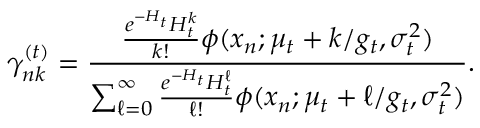
\gamma _ { n k } ^ { ( t ) } = \frac { \frac { e ^ { - H _ { t } } H _ { t } ^ { k } } { k ! } \phi ( x _ { n } ; \mu _ { t } + k / g _ { t } , \sigma _ { t } ^ { 2 } ) } { \sum _ { \ell = 0 } ^ { \infty } \frac { e ^ { - H _ { t } } H _ { t } ^ { \ell } } { \ell ! } \phi ( x _ { n } ; \mu _ { t } + \ell / g _ { t } , \sigma _ { t } ^ { 2 } ) } .